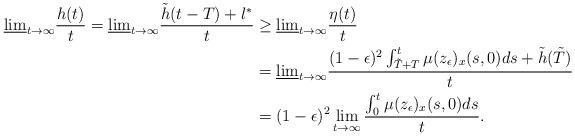
LaTeX: \begin{align*}\underline{\lim}_{t\to\infty}\frac{h(t)}{t}=\underline{\lim}_{t\to\infty}\frac{\tilde{h}(t-T)+l^*}{t}&\geq\underline{\lim}_{t\to\infty}\frac{\eta(t)}{t} \\&=\underline{\lim}_{t\to\infty}\frac{(1-\epsilon)^{2}\int^t_{\tilde{T}+T}\mu(z_\epsilon)_x(s,0)ds+\tilde{h}(\tilde{T})}{t} \\&=(1-\epsilon)^{2}\lim_{t\to\infty}\frac{\int^t_0\mu(z_\epsilon)_x(s,0)ds}{t}.\end{align*}